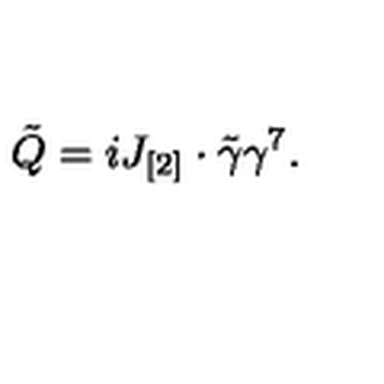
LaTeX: \tilde { Q } = i J _ { [ 2 ] } \cdot \tilde { \gamma } \gamma ^ { 7 } .